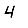
Digit: 4